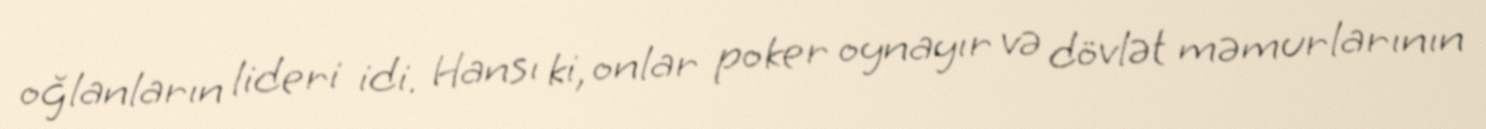
oğlanların lideri idi. Hansı ki, onlar poker oynayır və dövlət məmurlarının